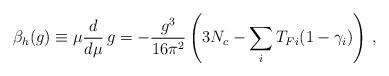
LaTeX: \begin{align*}{\beta_h}(g) \equiv \mu {d \over d \mu} \, g = - { g^3 \over 16\pi^2} \left(3 N_c - \sum_i T_{Fi} (1- \gamma_i) \right) \, ,\end{align*}